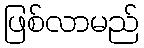
ဖြစ်လာမည်